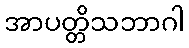
အာပတ္တိသဘာဂါ